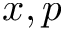
x , p